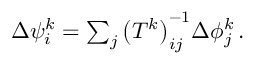
\begin{array} { r } { \Delta { \psi } _ { i } ^ { k } = \sum _ { j } \big ( T ^ { k } \big ) _ { i j } ^ { - 1 } \Delta { \phi } _ { j } ^ { k } \, . } \end{array}